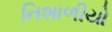
નિશાળીયો